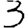
Digit: 3